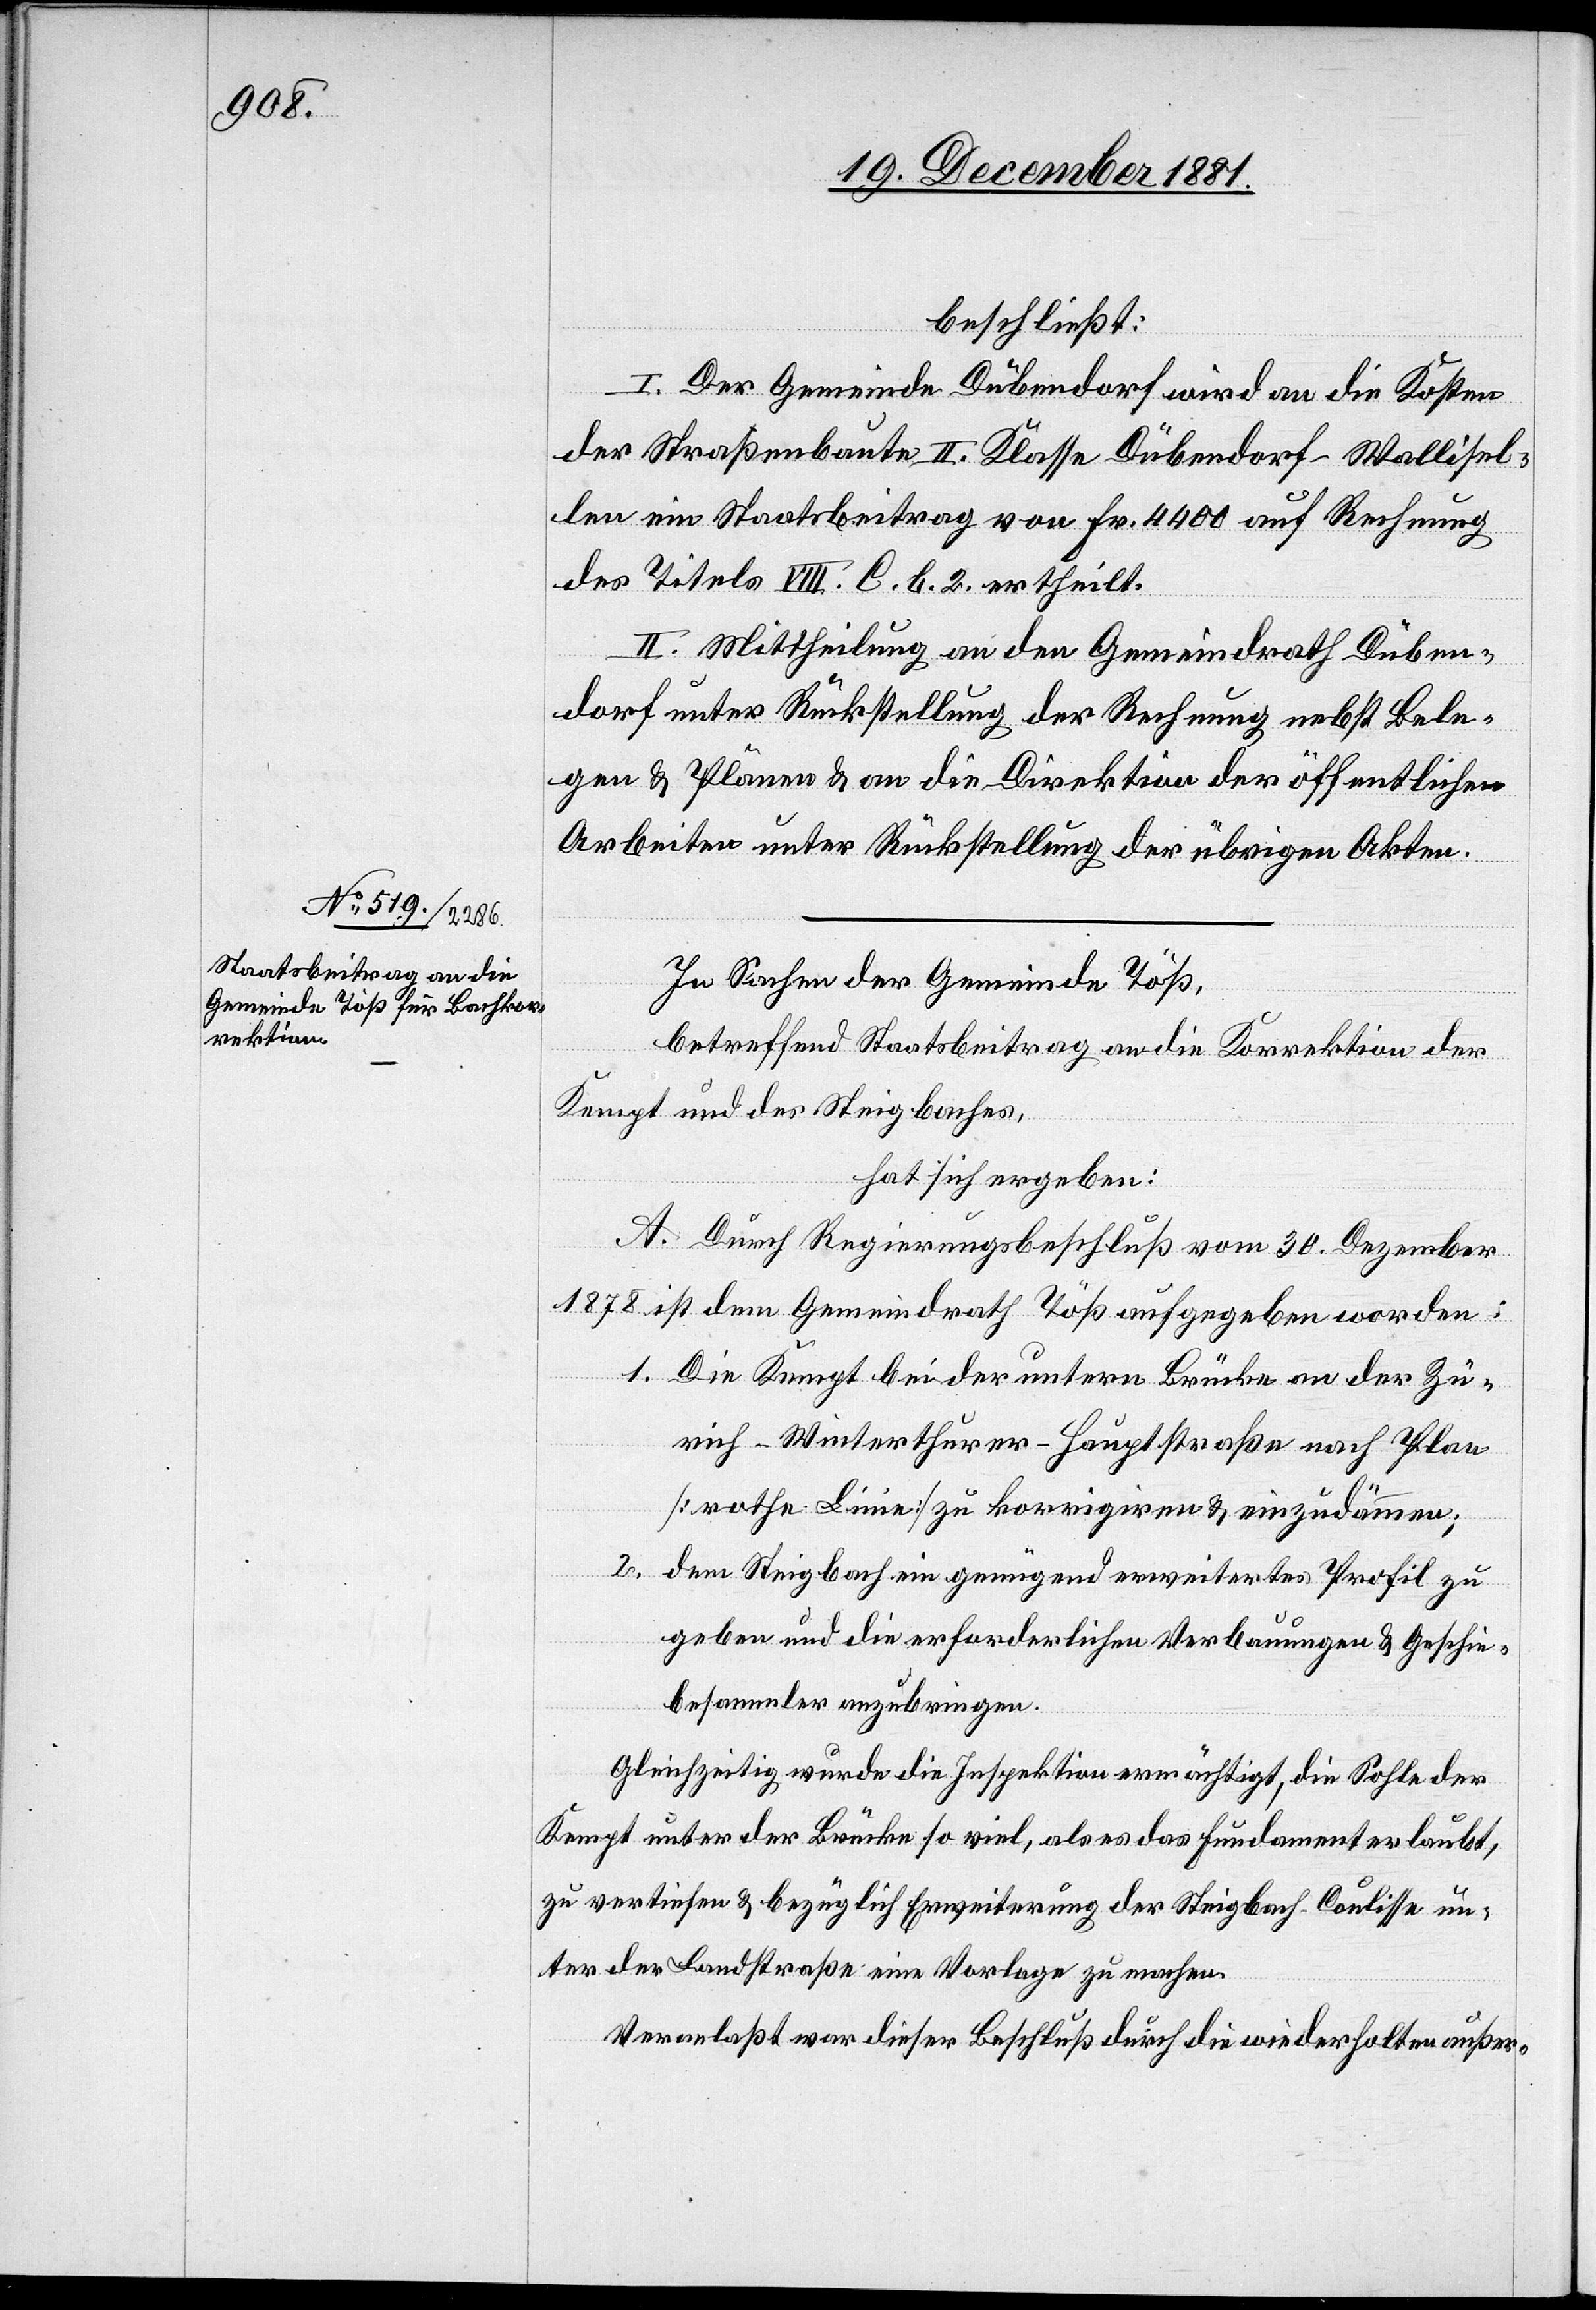
beschließt:
I. Der Gemeinde Dübendorf wird an die Kosten
der Straßenbaute II. Klasse Dübendorf–Wallisel¬
len ein Staatsbeitrag von Fr. 4400 auf Rechnung
des Titels VIII. C. b. 2. ertheilt.
II. Mittheilung an den Gemeindrath Düben¬
dorf unter Rückstellung der Rechnung nebst Bele¬
gen & Plänen & an die Direktion der öffentlichen
Arbeiten unter Rückstellung der übrigen Akten.
In Sachen der Gemeinde Töß,
betreffend Staatsbeitrag an die Korrektion der
Kempt und des Steigbaches,
hat sich ergeben:
A. Durch Regierungsbeschluß vom 30. Dezember
1878 ist dem Gemeindrath Töß aufgegeben worden:
1. Die Kempt bei der untern Brücke an der Zü¬
rich–Winterthurer-Hauptstraße nach Plan
[rothe Linie] zu korrigiren & einzudämmen;
2. dem Steigbach ein genügend erweitertes Profil zu
geben und die erforderlichen Verbauungen & Geschie¬
besammler anzubringen.
Gleichzeitig wurde die Inspektion ermächtigt, die Sohle der
Kempt unter der Rücke so viel, als es das Fundament erlaubt,
zu vertiefen & bezüglich Erweiterung der Steigbach-Coulisse un¬
ter der Landstraße eine Vorlage zu machen.
Veranlaßt war dieser Beschluß durch die wiederholten außer-